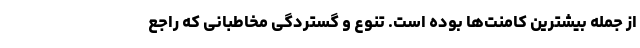
از جمله بیشترین کامنت‌ها بوده است. تنوع و گستردگی مخاطبانی که راجع